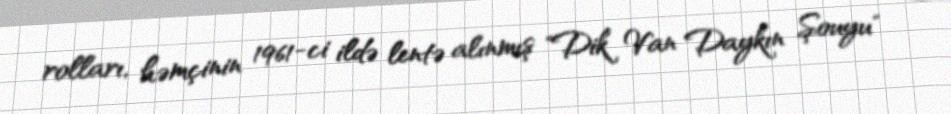
rolları, həmçinin 1961-ci ildə lentə alınmış "Dik Van Daykın Şouyu"